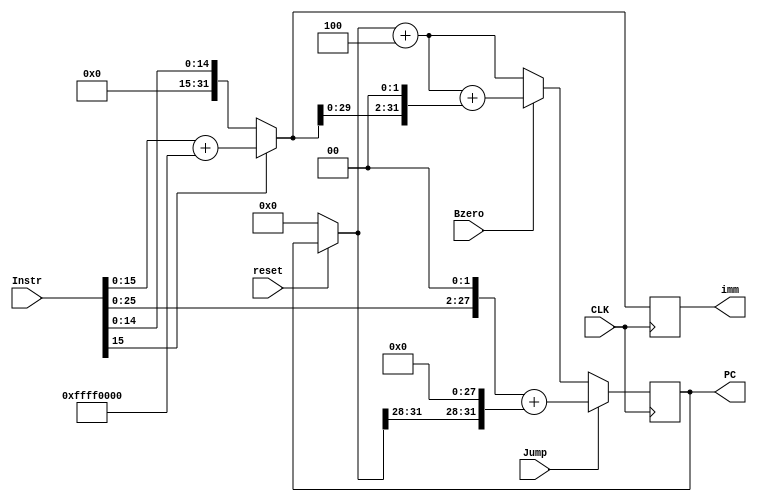
module imm_PC(CLK, reset, Instr, Jump, Bzero, imm, PC);
   input CLK, reset, Jump, Bzero;
	input [31:0] Instr;
	output reg [31:0] PC, imm;
	
	reg [31:0] jumpPC;
	
	initial begin
	   PC = 0;
		jumpPC = 0;
		imm = 0;
	end
	
	always @ (posedge CLK) begin
	   if (reset == 0) begin
		   PC = 0;
			jumpPC = 0;
		end
		if (Instr[15] == 0) begin
		   imm = Instr[15:0];
		end
		else imm = Instr[15:0] + 32'hffff0000;
		if (Jump == 1) begin
		   jumpPC = Instr;
			jumpPC = jumpPC << 6;
			jumpPC = jumpPC >> 4;
			PC = PC >> 28;
			PC = PC << 28;
			PC = jumpPC + PC;
		end
		else if (Bzero == 1) begin
		   PC = PC + 4;
			jumpPC = imm;
			jumpPC = jumpPC << 2;
		   PC = PC + jumpPC;
		end
		else begin
		   PC = PC + 4;
		end
	end
endmodule